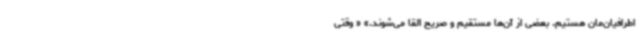
اطرافیان‌مان هستیم. بعضی از آن‌ها مستقیم و صریح القا می‌شوند.» « وقتی